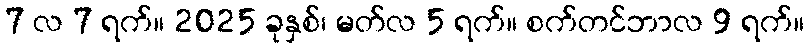
7 လ 7 ရက်။ 2025 ခုနှစ်၊ မတ်လ 5 ရက်။ စက်တင်ဘာလ 9 ရက်။